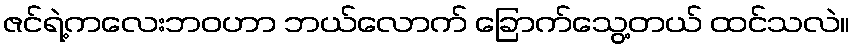
ဇင်ရဲ့ကလေးဘဝဟာ ဘယ်လောက် ခြောက်သွေ့တယ် ထင်သလဲ။